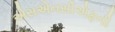
એસએનસીએફની